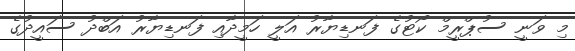
މި ވަނީ ސުޕްރީމް ކޯޓުގެ ފަނޑިޔާރު އަލީ ހަމީދާއި ފަނޑިޔާރު އަބްދު ސައީދުގެ